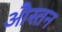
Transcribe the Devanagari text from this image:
औस्तन